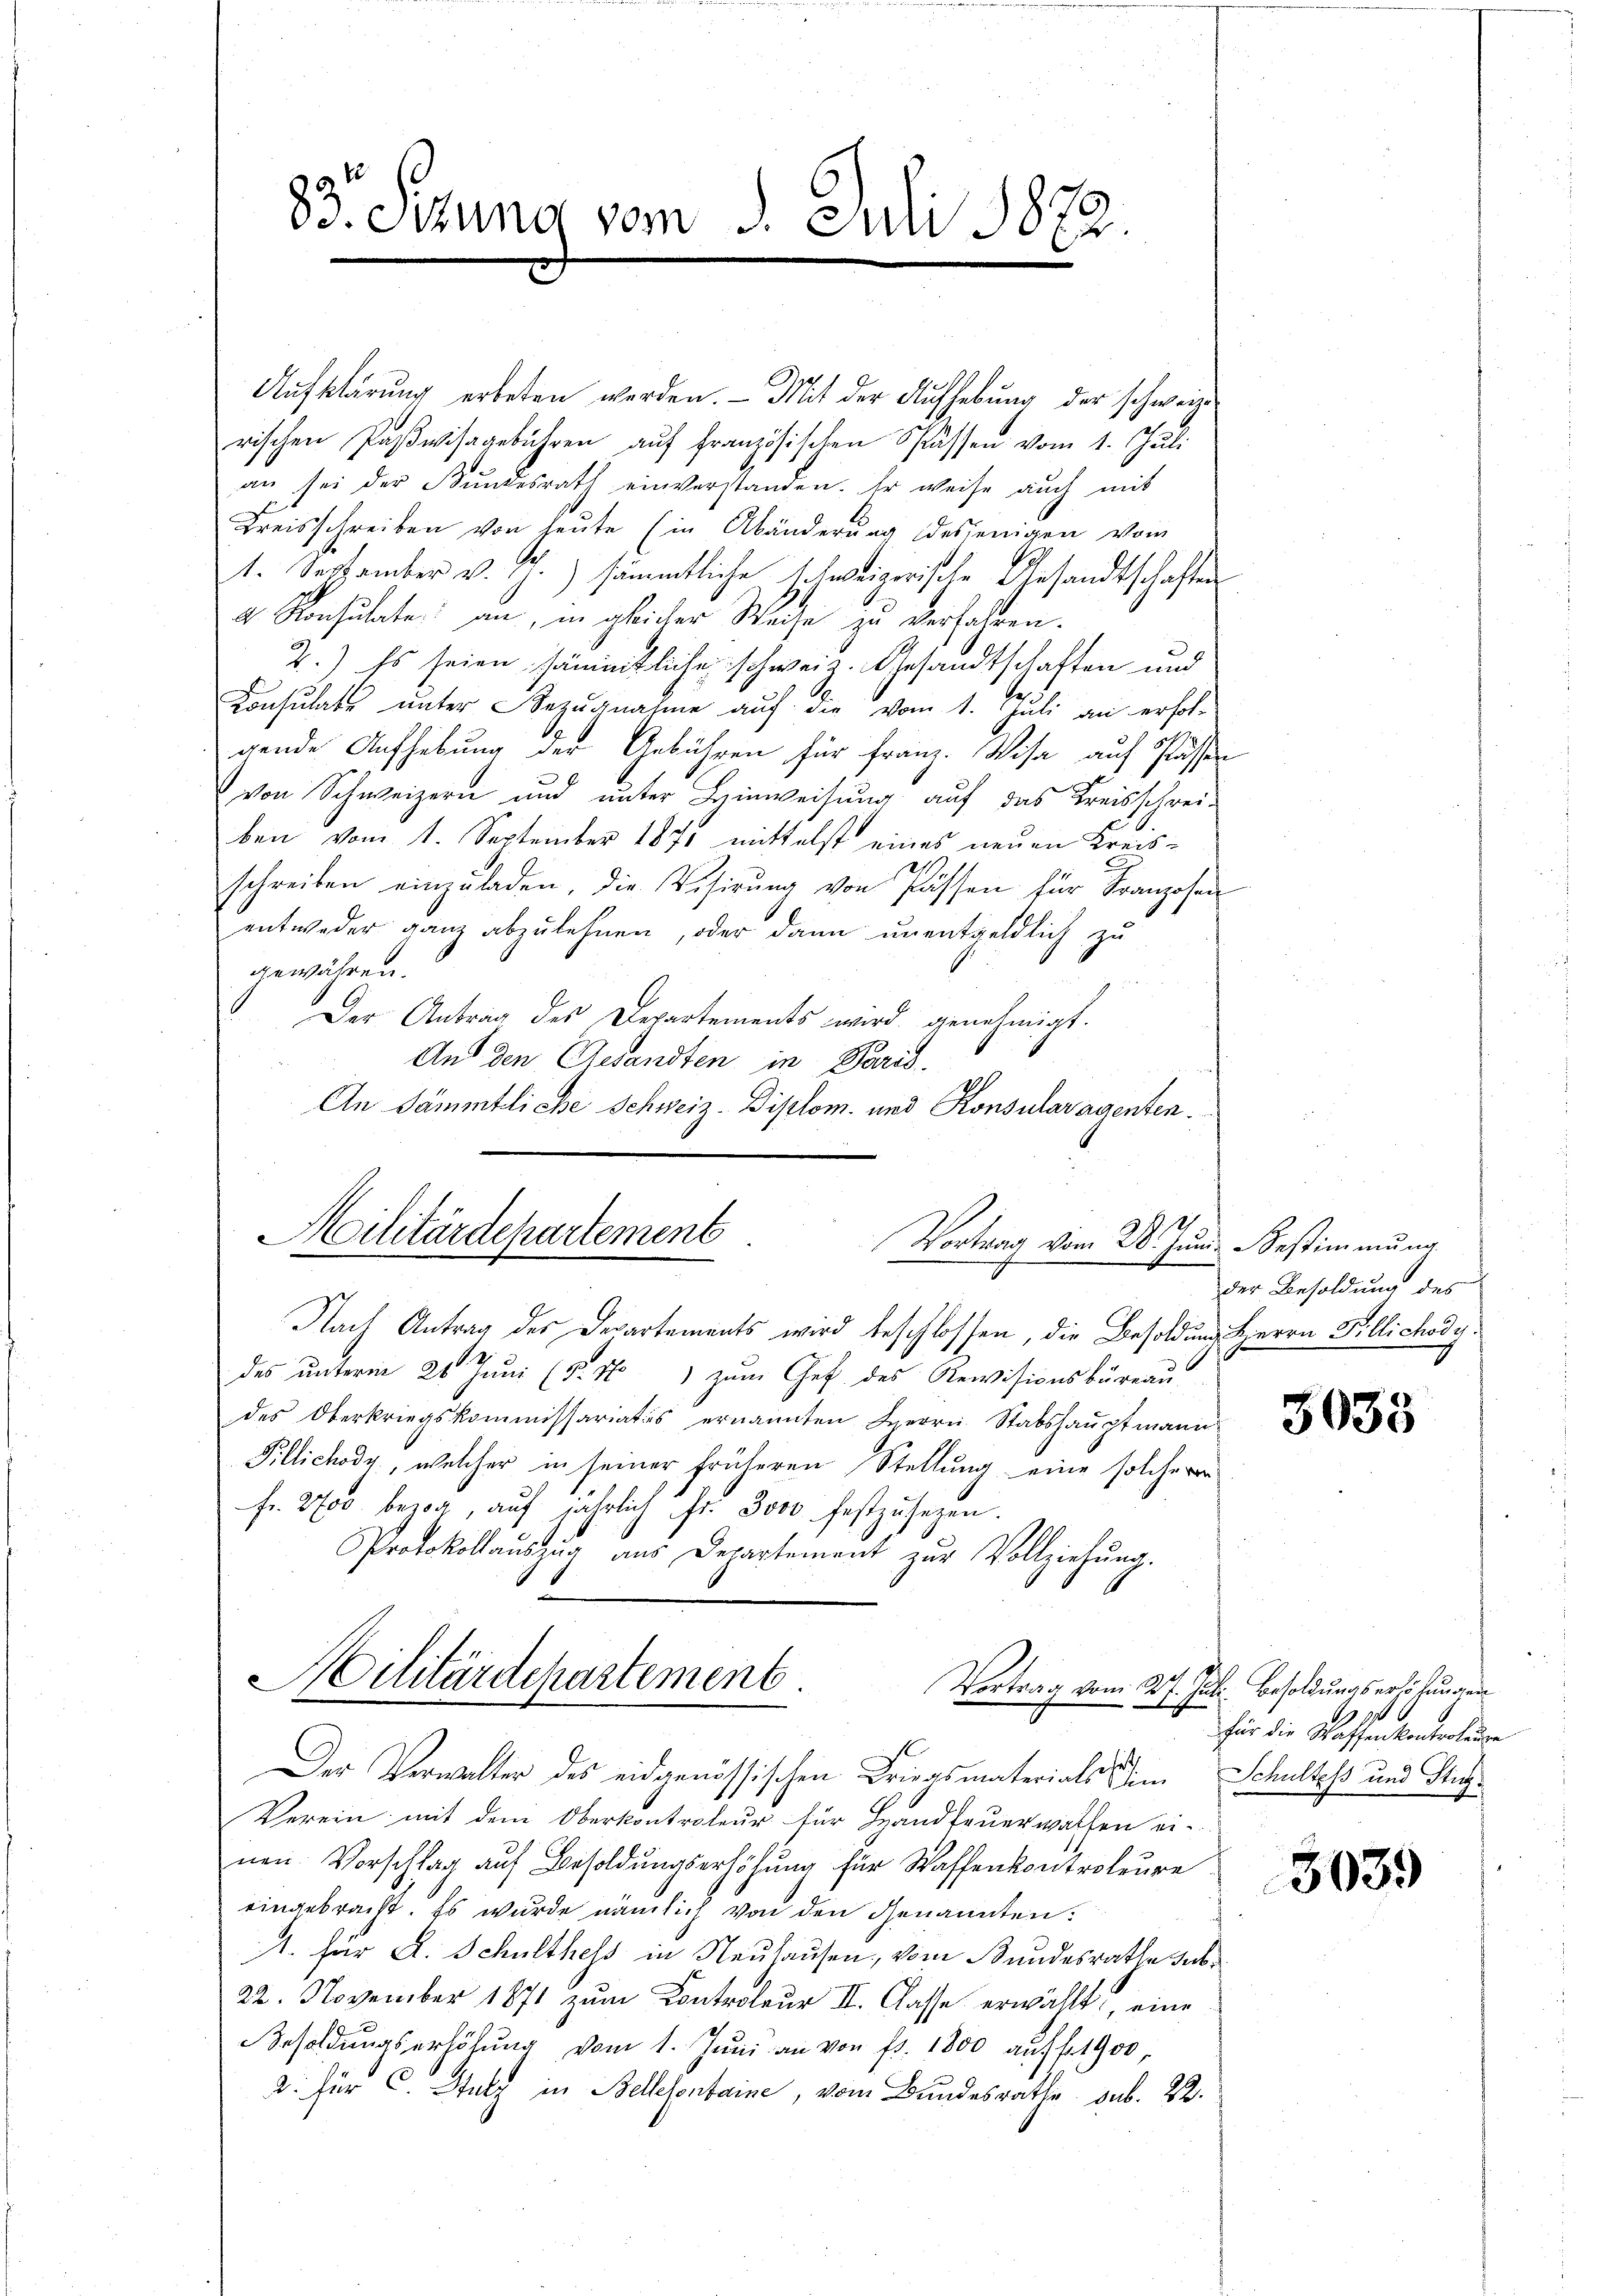
83. Ottung vom 1. Juli 1872.
e

Aufklärung erbeten worden. - Mit der Aufhebung der schweize
rischen Paβwisagebühren aŭf französischen Spassen vom 1. Juli
an sei der Bŭndesrath einverstanden. Er weise auch mit
Kreisschreiben von heute (in Abänderung desjenigen vom
1. September v. J.) sämmtliche schweizerische Gesandtschaften
4. Konsultate an, in gleicher Weise zu verfahren.
2.) Es seien sämmtliche schweiz. Gesandtschaften und
Consulats unter Bezŭgnahme auf die vom 1. Juli an erfol-
gende Aufhebung der Gebühren für Franz. Visa auf Pässe
von Schweizern und unter Hinweisung auf das Kreisschrei-
ben vom 1. September 1871 mittelst eines neuen Kreisschreiben einzuladen, die Visirung von Passen für Franzosen
entweder ganz abzulehnen, oder dann unentgeldlich zu
gewähren.
Der Antrag des Departements wird genehmigt.
And den Gesandten in Paris.
An sämmtliche Schweiz. Diplom und Konsularagenten.
Nach Antrag des Departements wird beschlossen, die Besoldung Herrn Fillichody¬
2
des unterm 26 Juni (§. 11 zum Chef des Revisionsbureau
des Oberkriegskommissariatis ernannten Herrn Stabshaŭptmann
Pillichody, welcher in seiner früheren Stellung eine solcherer
fr. 2700. bezog, auf jährlich Fr. Joso festzusezen.
Protokollaŭszŭg aŭs Departement zŭr Vollziehŭng.
Militärdepartement.
Vortrag vom 24. Jul. Besoldungserhöhungen
t
f
Der Verwalter des eidgenössischen Kriegsmaterials im Schultes und Stu¬
Verein mit dem Oberkontrateur für Handfeuerwalten ei-
nen Vorschlag auf Besoldungserhöhung für Waffenkontroleure
eingebracht. Es wurde nämlich von den Genannten.
1. für A. Schulthels in Neuhausen, vom Bundesrathe der¬
22. November 1871 zum Controleur II. Classe erwählt, eine
Besoldŭngserhöhŭng vom 1. Jŭni an von fr. 1800 auf fl. 1900
2. für C. Stutz in Bellesentaine, vom Bundesrathe sub. 22.

Militärdepartement
Vortrag vom 28. Jun. Bestimmung

der Besoldung des
1

b
e

5035

1
für die Waffenkontroleure

3039